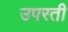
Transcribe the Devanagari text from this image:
उपरती